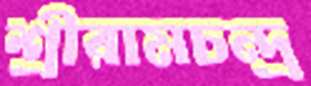
শ্রীরামচন্দ্র